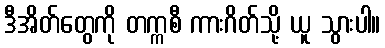
ဒီအိတ်တွေကို တက္ကစီ ကားဂိတ်သို့ ယူ သွားပါ။